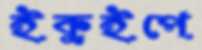
ইকুইপে